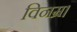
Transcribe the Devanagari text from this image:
विनम्र।